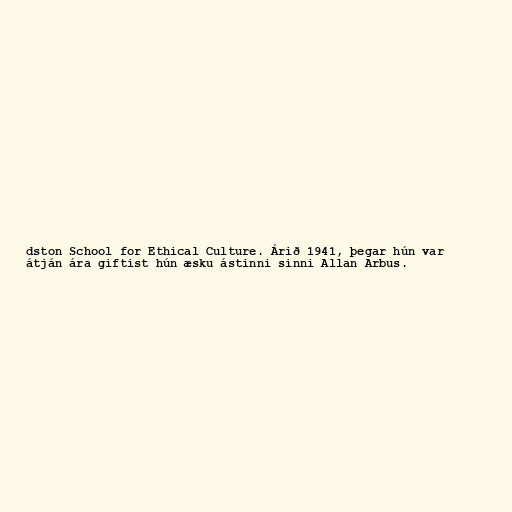
dston School for Ethical Culture. Árið 1941, þegar hún var
átján ára giftist hún æsku ástinni sinni Allan Arbus.